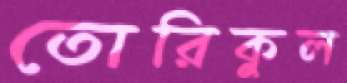
তোরিকুল